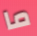
ما